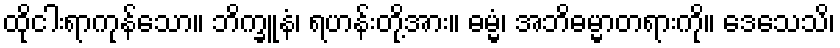
ထိုငါးရာကုန်သော။ ဘိက္ခူနံ၊ ရဟန်းတို့အား။ ဓမ္မံ၊ အဘိဓမ္မာတရားကို။ ဒေသေသိ၊